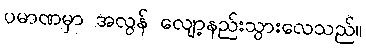
ပမာဏမှာ အလွန် လျော့နည်းသွားလေသည်။